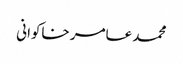
محمد عامر خاکوانی